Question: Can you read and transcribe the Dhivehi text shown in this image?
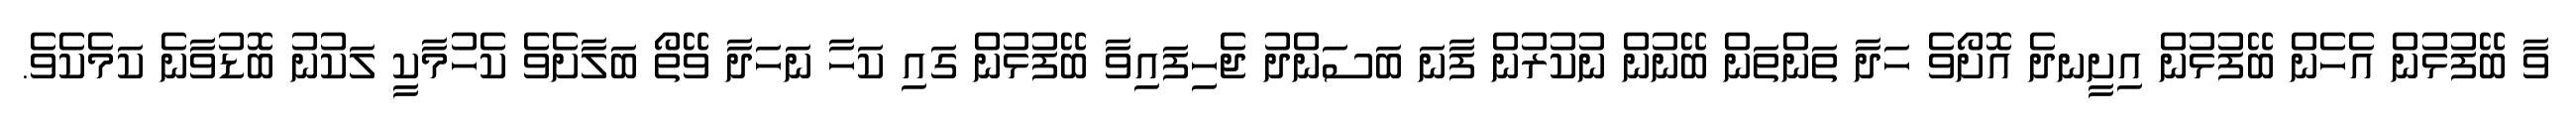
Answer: ވާ ބޭފުޅުން އެހެން ބޭފުޅުން އިށީނދެ އޮށޯވެ ހަދާ ތަންތަން ބޭނުން ނުކުރުން ފާނަ ބަސަންދު ޖެހިފައިވާ ބޭފުޅުން ގައި ކަހާ ނަހަދާ ވޭތޯ ބަލާށެވެ ކެހުމާކީ ލަކުނު ބޮޑުވާނެ ކަމެކެވެ.